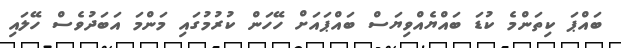
ބައްޕަ ކިތަންމެ ކުޑަ ބައްޔެއްވިޔަސް ބައްޕައަށް ހޭހަން ކުރުމުގައި މަންމަ އަބަދުވެސް ހޭލައި